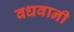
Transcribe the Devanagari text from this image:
वधवानी